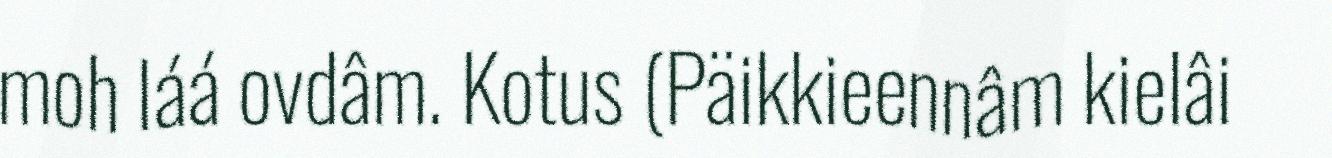
moh láá ovdâm. Kotus (Päikkieennâm kielâi